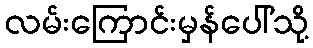
လမ်းကြောင်းမှန်ပေါ်သို့